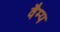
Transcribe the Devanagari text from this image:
वैम्प